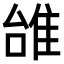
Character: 𨾱